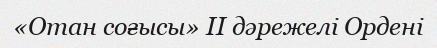
«Отан соғысы» ІІ дәрежелі Ордені